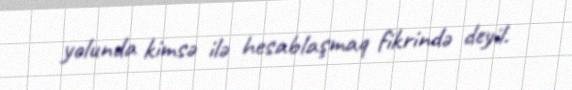
yolunda kimsə ilə hesablaşmaq fikrində deyil.